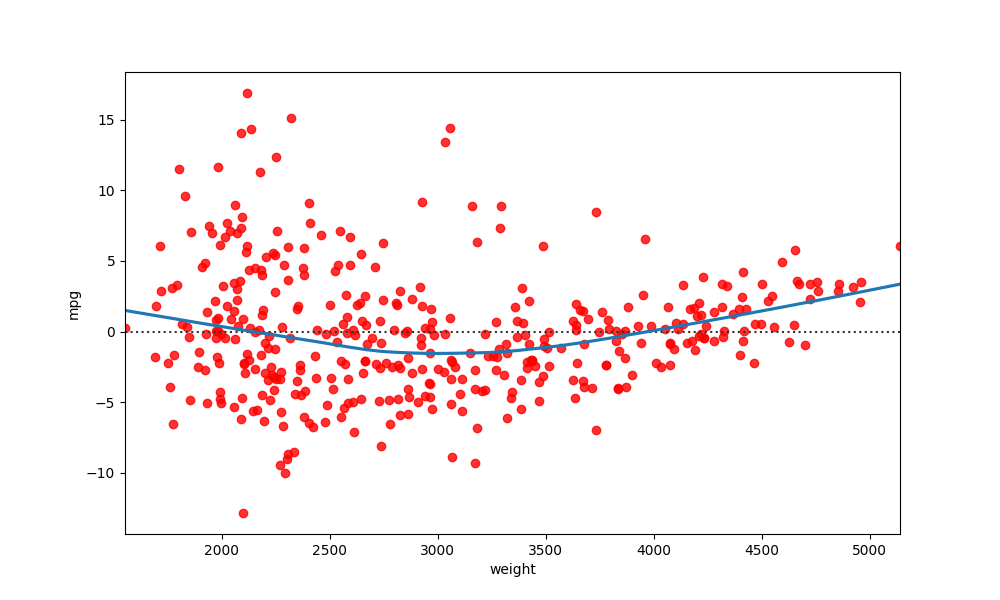
python, seaborn, residplot, lowess=True, scatter_color=red